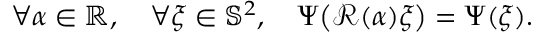
\forall \alpha \in \mathbb { R } , \quad \forall \xi \in \mathbb { S } ^ { 2 } , \quad \Psi \big ( \mathcal { R } ( \alpha ) \xi \big ) = \Psi ( \xi ) .